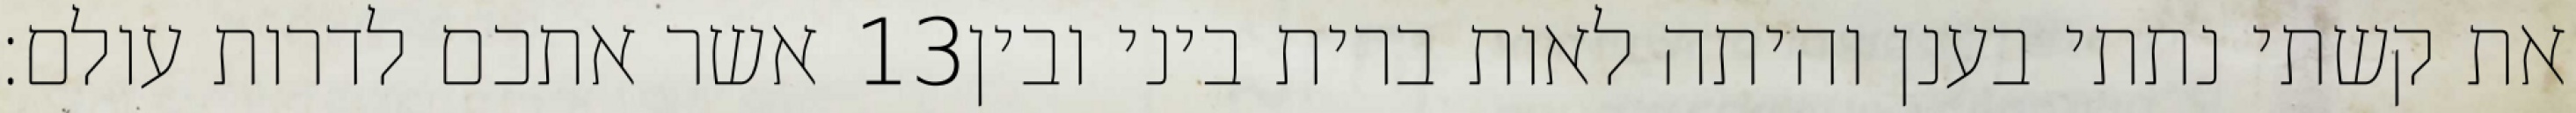
אשר אתכם לדרות עולם׃ ‎13‏ את קשתי נתתי בענן והיתה לאות ברית ביני ובין